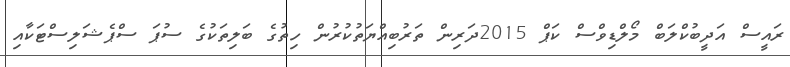
ރައީސް އަދީބުކްލަބް މޯލްޑިވްސް ކަޕް 2015ދަރިން ތަރުބިއްޔަތުކުރުން ހިތުގެ ބަލިތަކުގެ ސުޕަ ސްޕެޝަލިސްޓަކާއި